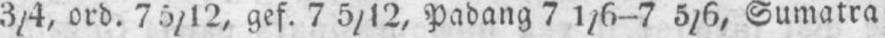
3/4, ord. 7 5/12 gef. 7 5/12, Padang 7 1/6-7 5/6, Sumatra